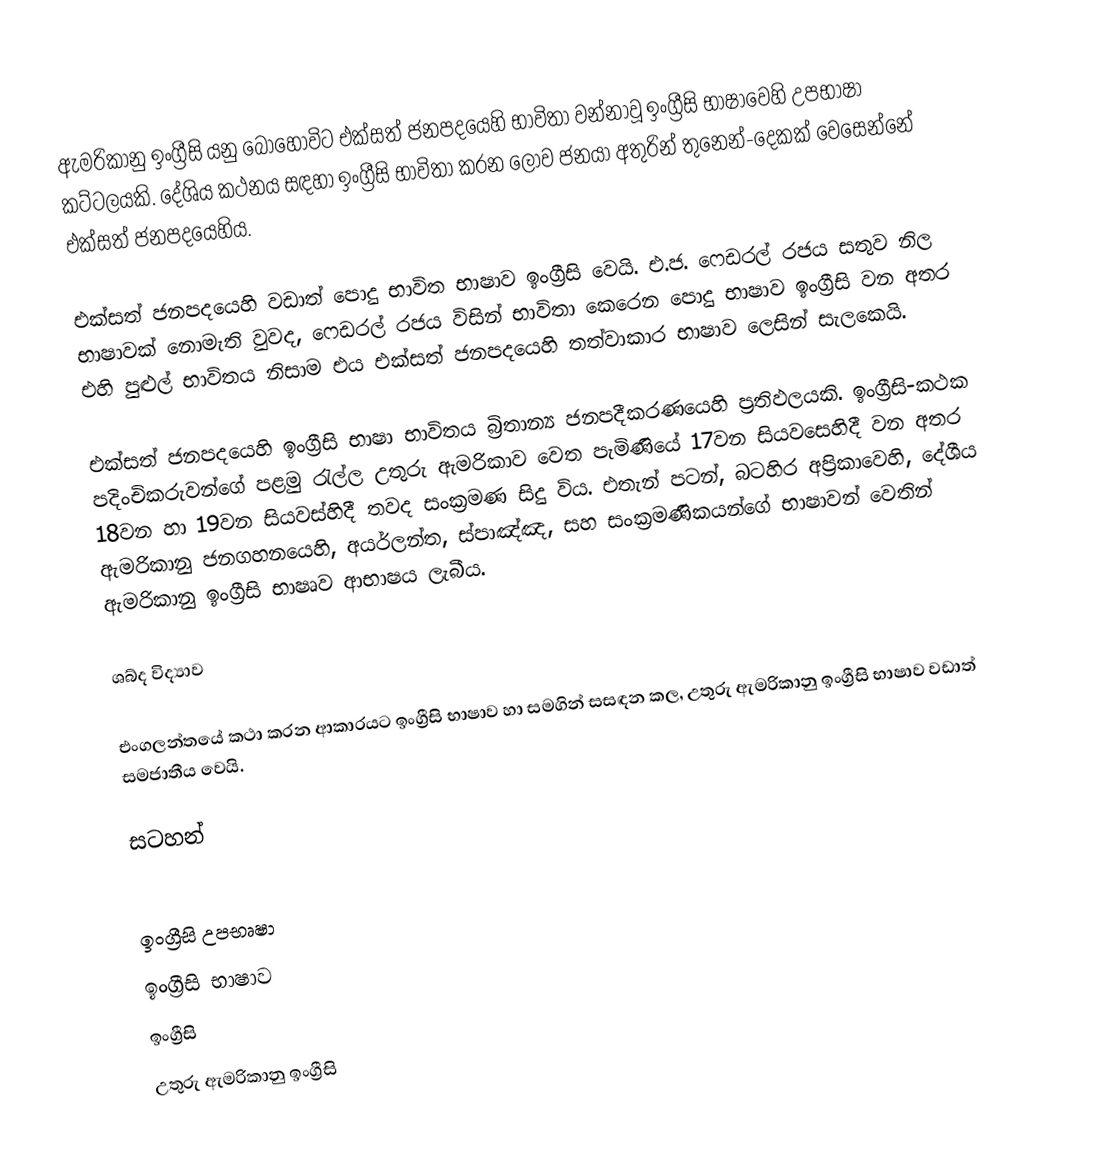
ඇමරිකානු ඉංග්‍රීසි යනු බොහෝවිට එක්සත් ජනපදයෙහි භාවිතා වන්නාවූ ඉංග්‍රීසි භාෂාවෙහි උපභාෂා කට්ටලයකි.  දේශිය කථනය සඳහා ඉංග්‍රීසි භාවිතා කරන ලොව ජනයා අතුරින් තුනෙන්-දෙකක් වෙසෙන්නේ එක්සත් ජනපදයෙහිය.

එක්සත් ජනපදයෙහි වඩාත් පොදු භාවිත භාෂාව ඉංග්‍රීසි වෙයි. එ.ජ. ෆෙඩරල් රජය සතුව නිල භාෂාවක් නොමැති වුවද, ෆෙඩරල් රජය විසින් භාවිතා කෙරෙන පොදු භාෂාව ඉංග්‍රීසි වන අතර එහි පුළුල් භාවිතය නිසාම එය එක්සත් ජනපදයෙහි  තත්වාකාර භාෂාව ලෙසින් සැලකෙයි.

එක්සත් ජනපදයෙහි ඉංග්‍රීසි භාෂා භාවිතය බ්‍රිතාන්‍ය ජනපදීකරණයෙහි ප්‍රතිඵලයකි. ඉංග්‍රීසි-කථක පදිංචිකරුවන්ගේ පළමු  රැල්ල උතුරු ඇමරිකාව වෙත පැමිණියේ 17වන සියවසෙහිදී වන අතර 18වන හා 19වන සියවස්හිදී තවද සංක්‍රමණ සිදු විය. එතැන් පටන්, බටහිර අප්‍රිකාවෙහි, දේශීය ඇමරිකානු ජනගහනයෙහි, අයර්ලන්ත, ස්පාඤ්ඤ, සහ  සංක්‍රමණිකයන්ගේ භාෂාවන් වෙතින් ඇමරිකානු ඉංග්‍රීසි භාෂෘව ආභාෂය ලැබීය.

ශබ්ද විද්‍යාව

එංගලන්තයේ කථා කරන ආකාරයට ඉංග්‍රීසි භාෂාව හා සමගින් සසඳන කල, උතුරු ඇමරිකානු ඉංග්‍රීසි භාෂාව  වඩාත්  සමජාතීය වෙයි.

සටහන්

ඉංග්‍රීසි උපභෘෂා
ඉංග්‍රීසි භාෂාව
ඉංග්‍රීසි
උතුරු ඇමරිකානු ඉංග්‍රීසි